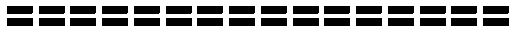
================